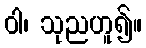
ဝါ၊ သုညဟူ၍။